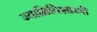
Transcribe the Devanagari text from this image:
ज्यामितिशास्त्री